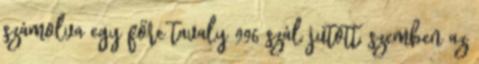
számolva egy főre tavaly 996 szál jutott, szemben az